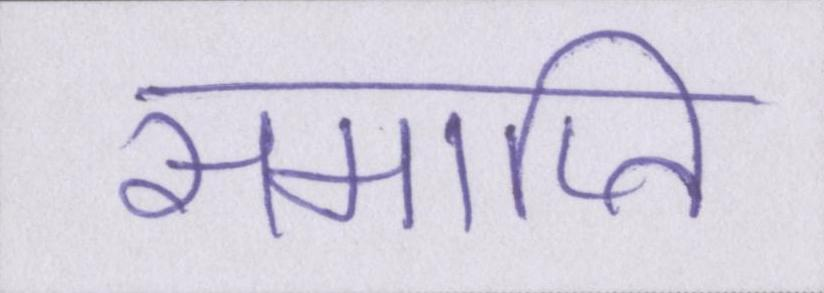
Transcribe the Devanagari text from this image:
समाप्ति